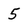
Character: 5